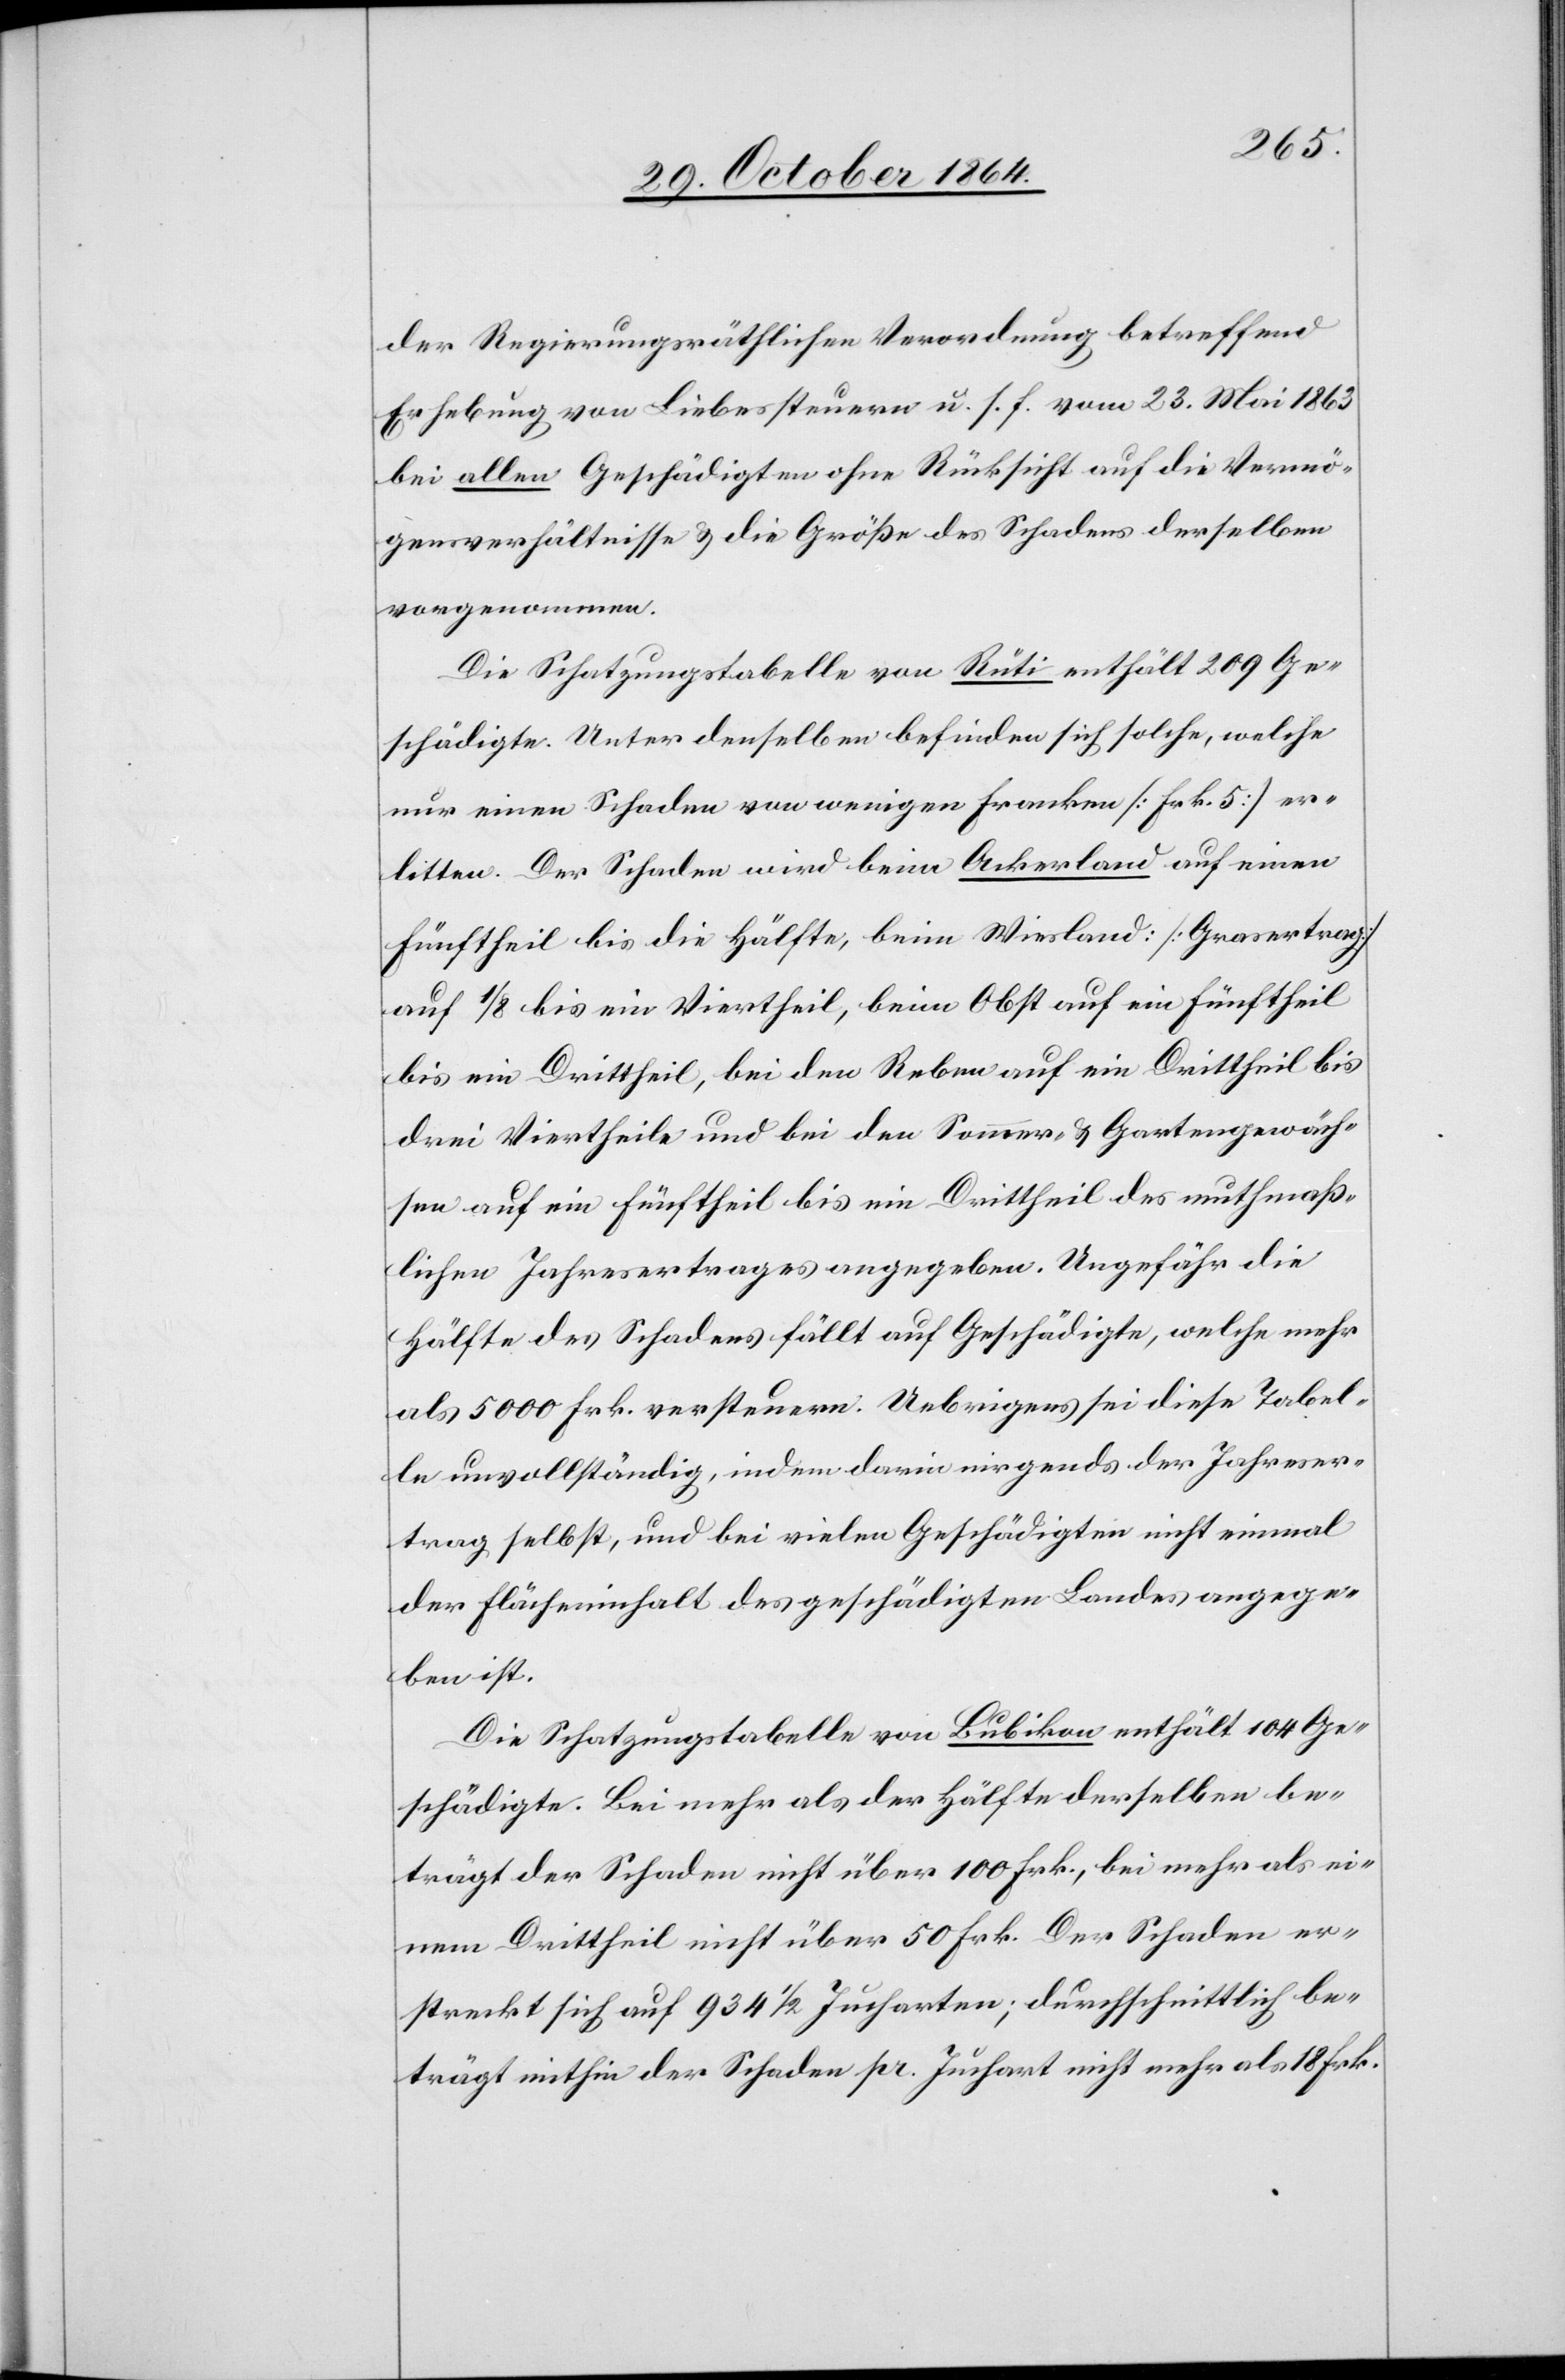
der Regierungsräthlichen Verordnung betreffend
Erhebung von Liebessteuern u. s. f. vom 23. Mai 1863
bei allen Geschädigten ohne Rücksicht auf die Vermö¬
gensverhältnisse & die Größe des Schadens derselben
vorgenommen.
Die Schatzungstabelle von Rüti enthält 209 Ge¬
schädigte. Unter denselben befinden sich solche, welche
nur einen Schaden von wenigen Franken [Frk. 5] er¬
litten. Der Schaden wird beim Ackerland auf einen
Fünftheilt bis die Hälfte, beim Wiesland [Grasertrag]
auf 1/8 bis ein Viertheil, beim Obst auf ein Fünftheil
bis ein Drittheil, bei den Reben auf ein Drittheil bis
drei Viertheile und bei den Sommer- & Gartengewäch¬
sen auf ein Fünftheil bis ein Drittheil des muthmaß¬
lichen Jahresertrages angegeben. Ungefähr die
Hälfte des Schadens fällt auf Geschädigte, welche mehr
als 5000 Frk. versteuern. Uebrigens sei diese Tabel¬
le unvollständig, indem darin nirgends der Jahreser¬
trag selbst, und bei vielen Geschädigten nicht einmal
der Flächeninhalt des geschädigten Landes angege¬
ben ist.
Die Schatzungstabelle von Bubikon enthält 104 Ge¬
schädigte. Bei mehr als der Hälfte derselben be¬
trägt der Schaden nicht über 100 Frk., bei mehr als ei¬
nem Drittheil nicht über 50 Frk. Der Schaden er¬
streckt sich auf 934 1/2 Jucharten; durchschnittlich be¬
trägt mithin der Schaden pr. Juchart nicht mehr als 18 Frk.